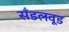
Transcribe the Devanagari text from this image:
सँडलवूड